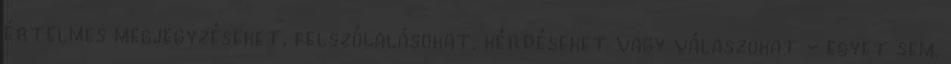
értel­mes megjegyzéseket, felszólalásokat, kér­déseket vagy válaszokat - egyet sem.